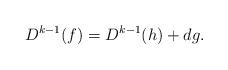
LaTeX: \begin{align*}D^{k-1}(f)=D^{k-1}(h)+dg.\end{align*}